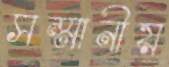
সম্মানীয়